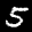
Label: 5